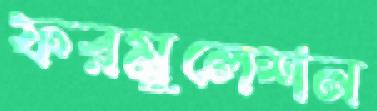
ফরমুলেশন